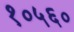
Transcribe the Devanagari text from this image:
१०५६०